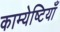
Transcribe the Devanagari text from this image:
काम्येष्टियाँ